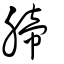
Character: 腣